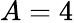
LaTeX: A=4